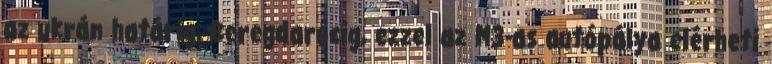
az ukrán határig, Beregdarócig, ezzel az M3-as autópálya elérheti